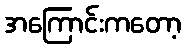
အကြောင်းကတော့